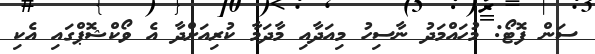
ސަން ފޮޓޯ: މުހައްމަދު ނާސިހު މިއަދާއި މާދަމާ ކުރިއަށްދާ އެ ވޯކްޝޮޕްގައި އެކި